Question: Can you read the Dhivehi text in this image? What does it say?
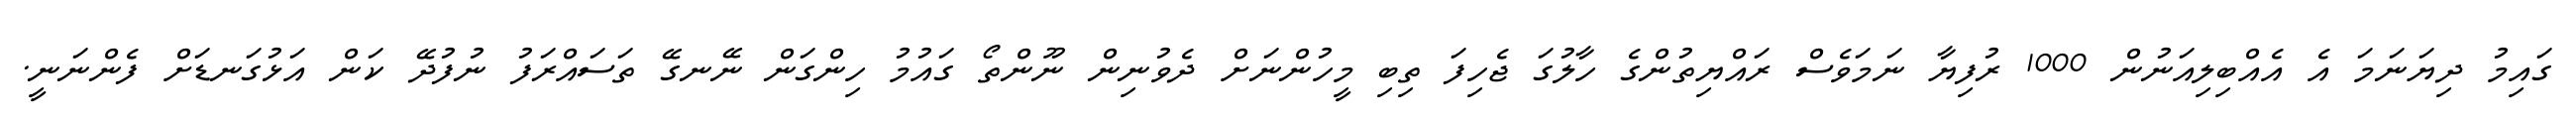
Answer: ގައިމު ދިޔަނަމަ އެ އެއްބިލިއަނުން 1000 ރުފިޔާ ނަމަވެސް ރައްޔިތުންގެ ހާލުގަ ޖެހިފަ ތިބި މީހުންނަށް ދެވުނިން ނޫންތޯ ގައުމު ހިންގަން ނޭނގޭ ތަސައްރަފު ނުފުދޭ ކަން އަޅުގަނޑަށް ފެންނަނީ.